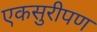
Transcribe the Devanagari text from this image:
एकसुरीपण